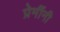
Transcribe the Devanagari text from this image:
प्रेमींनी